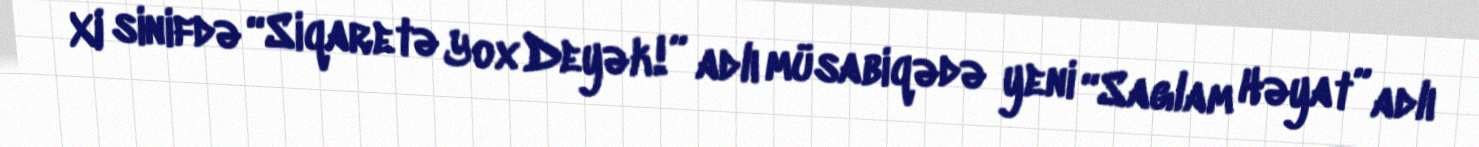
XI sinifdə “Siqaretə Yox Deyək!” adlı müsabiqədə yeni “Saglam Həyat” adlı